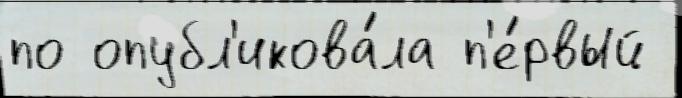
по опубл'икова́ла п'е́рвый